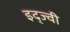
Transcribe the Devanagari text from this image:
इद्ज्वी